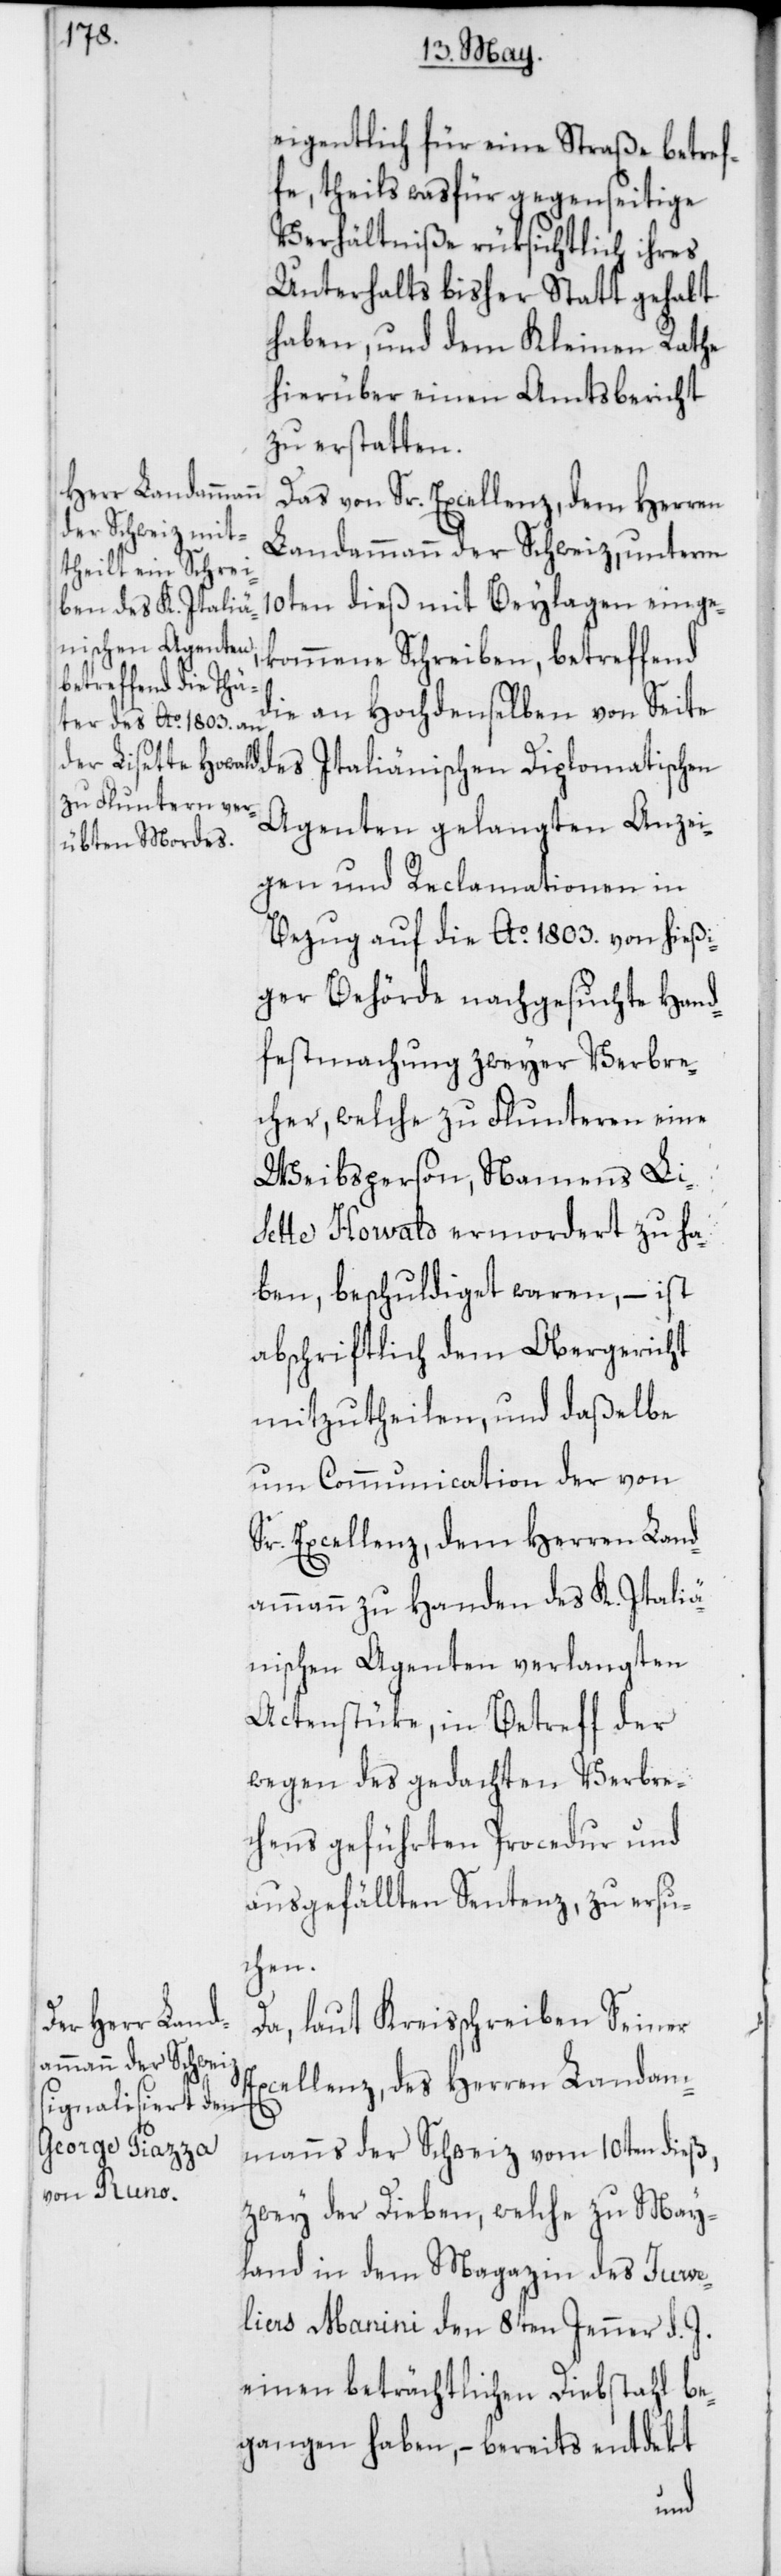
eigentlich für eine Straße betref¬
fe, theils was für gegenseitige
Verhältniße rüksichtlich ihres
Unterhalts bisher Statt gehabt
haben, und dem Kleinen Rathe
hierüber einen Amtsbericht
zu erstatten.
Das von Sr. Excellenz, dem Herren
Landammann der Schweiz, unterm
10ten dieß mit Beylagen einge¬
kommene Schreiben, betreffend
die an Hochdenselben von Seite
Agenten gelangten Anzei¬
gen und Reclamationen in
Bezug auf die Ao 1803. von hießi¬
ger Behörde nachgesuchte Hand¬
festmachung zweyer Verbre¬
cher, welche zu Fluntern eine
Weibsperson, Namens Li¬
sette Howald ermordet zu ha¬
ben, beschuldigt waren, – ist
abschriftlich dem Obergericht
mitzutheilen, und daßelbe
um Communication der von
Sr. Excellenz, dem Herren Land¬
ammann zu Handen des K. Italiä¬
nischen Agenten verlangter
Actenstüke, in Betreff der
wegen des gedachten Verbre¬
chens geführten Procedur und
ausgefällten Sentenz, zu ersu¬
chen.
Da, laut Kreisschreiben Seiner
Excellenz, des Herren Landam¬
manns der Schweiz vom 10ten dieß,
zwey der Dieben, welche zu May¬
land in dem Magazin des Juwe¬
liers Manini den 8ten Jenner d. J.
einen beträchtlichen Diebstahl be¬
gangen haben, – bereits entdekt